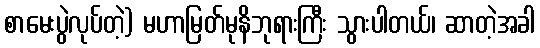
စာမေးပွဲလုပ်တဲ့) မဟာမြတ်မုနိဘုရားကြီး သွားပါတယ်၊ ဆာတဲ့အခါ